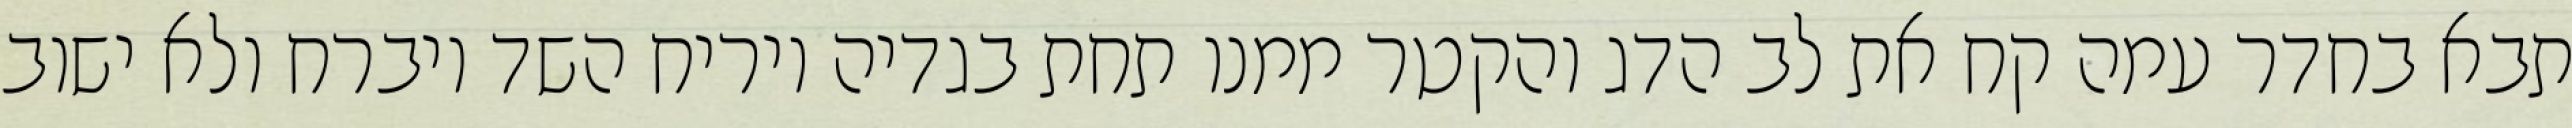
תבא בחדר עמה קח את לב הדג והקטר ממנו תחת בגדיה ויריח השד ויברח ולא ישוב